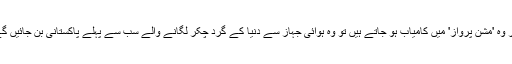
اگر وہ 'مشن پرواز' میں کامیاب ہو جاتے ہیں تو وہ ہوائی جہاز سے دنیا کے گرد چکر لگانے والے سب سے پہلے پاکستانی بن جائیں گے۔